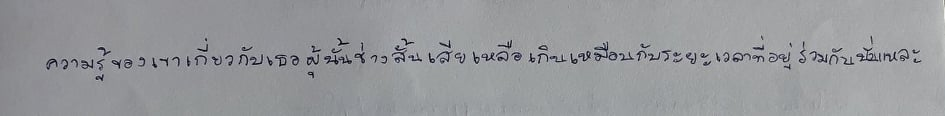
ความรู้ของเขาเกี่ยวกับเธอผู้นั้นช่างสั้นเสียเหลือเกินเหมือนกับระยะเวลาที่อยู่ร่วมกันนั่นแหละ